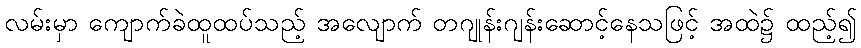
လမ်းမှာ ကျောက်ခဲထူထပ်သည့် အလျောက် တဂျုန်းဂျန်းဆောင့်နေသဖြင့် အထဲ၌ ထည့်၍